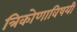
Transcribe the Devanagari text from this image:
त्रिकोणाविषयी